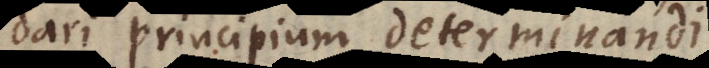
dari principium determinandi